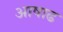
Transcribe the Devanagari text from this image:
अाषाढ